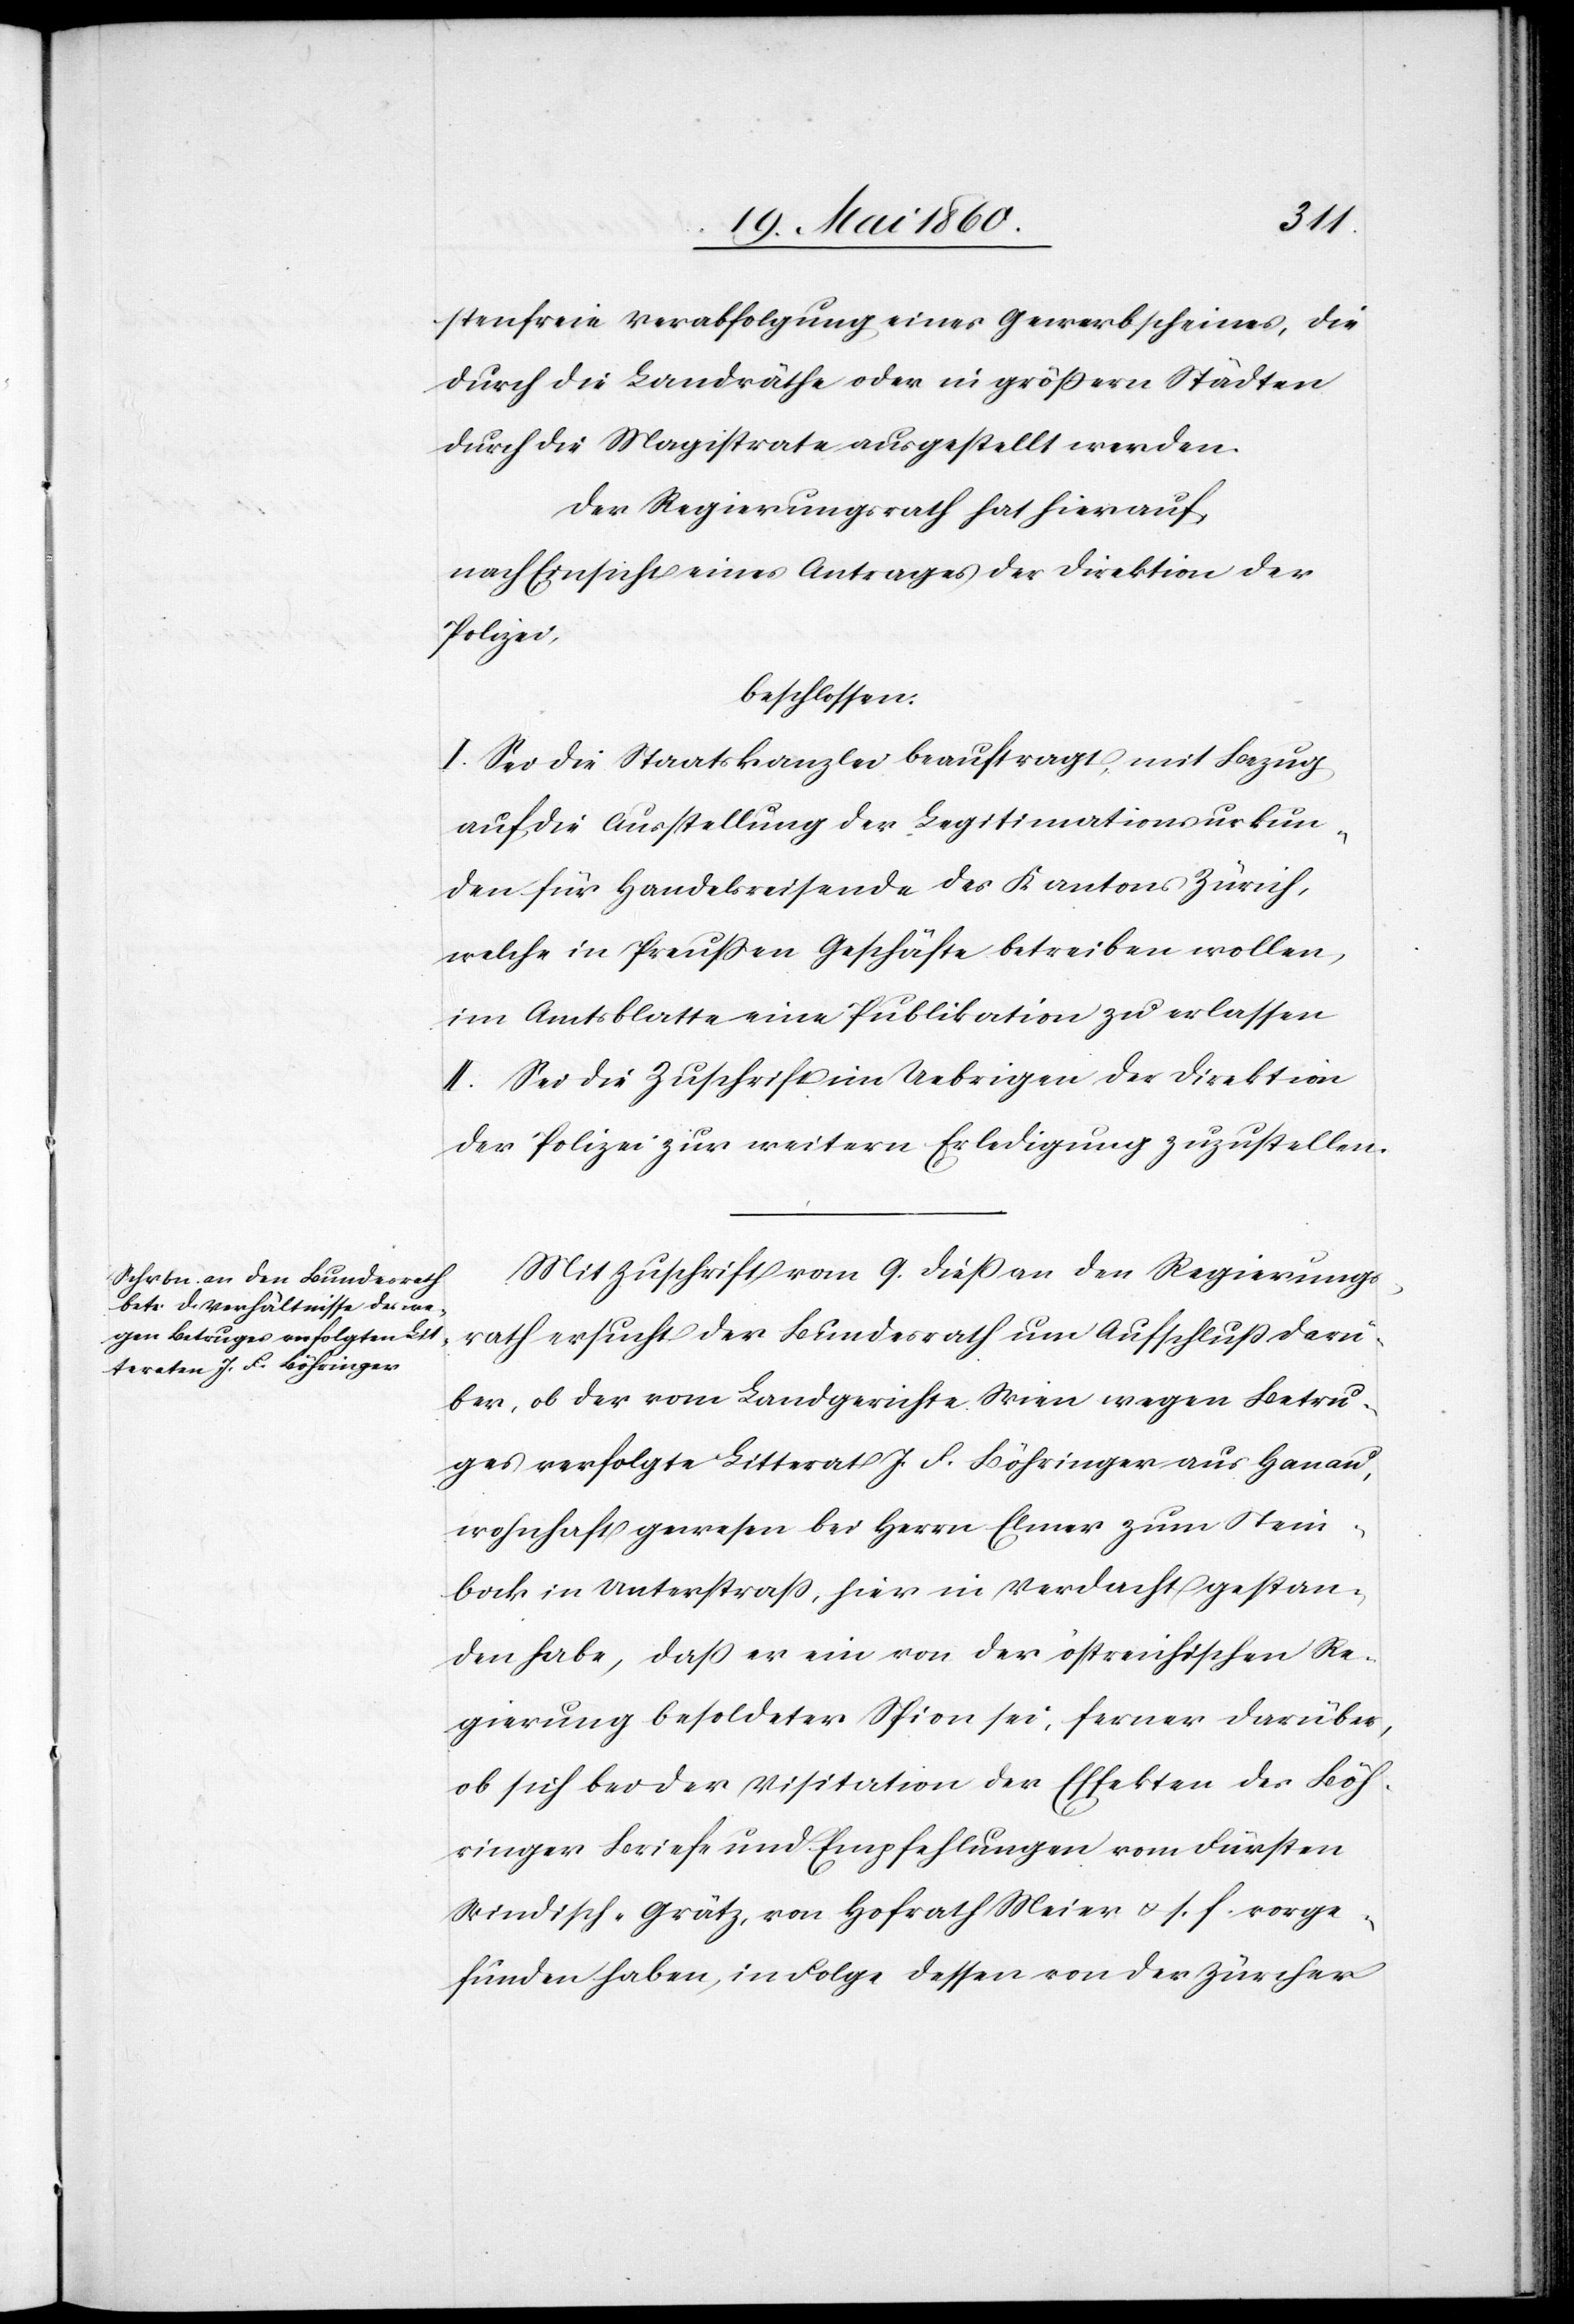
stenfreie Verabfolgung eines Gewerbscheines, die
durch die Landräthe oder in grössern Städten
durch die Magistrate ausgestellt werden.
Der Regierungsrath hat hierauf,
nach Einsicht eines Antrages der Direktion der
Polizei,
beschlossen:
I. Sei die Staatskanzlei beauftragt, mit Bezug
auf die Ausstellung der Legitimationsurkun¬
den für Handelsreisende des Kantons Zürich,
welche in Preussen Geschäfte betreiben wollen,
im Amtsblatte eine Publikation zu erlassen.
II. Sei die Zuschrift im Uebrigen der Direktion
der Polizei zur weitern Erledigung zuzustellen.
Mit Zuschrift vom 9. diess an den Regierungs¬
rath ersucht der Bundesrath um Aufschluss darü¬
ber, ob der vom Landgerichte Wien wegen Betru¬
ges verfolgte Litterat J. F. Böhringer aus Hanau,
wohnhaft gewesen bei Herrn Elmer zum Stein¬
bock in Unterstrass, hier in Verdacht gestan¬
den habe, dass er ein von der östreichischen Re¬
gierung besoldeter Spion sei, ferner darüber,
ob sich bei der Visitation der Effekten des Böh¬
ringer Briefe und Empfehlungen vom Fürsten
Windisch-Grätz, von Hofrath Meier u. s. f. vorge¬
funden haben, in Folge dessen von der Zürcher